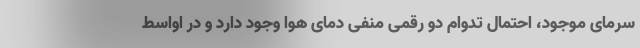
سرمای موجود، احتمال تدوام دو رقمی منفی دمای هوا وجود دارد و در اواسط